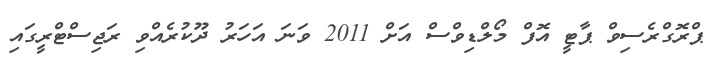
ޕްރޮގްރެސިވް ޕާޓީ އޮފް މޯލްޑިވްސް އަށް 2011 ވަނަ އަހަރު ދޫކުރެއްވި ރަޖިސްޓްރީގައި